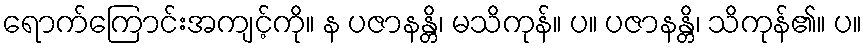
ရောက်ကြောင်းအကျင့်ကို။ န ပဇာနန္တိ၊ မသိကုန်။ ပ။ ပဇာနန္တိ၊ သိကုန်၏။ ပ။